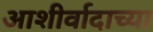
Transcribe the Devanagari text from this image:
आशीर्वादाच्या